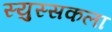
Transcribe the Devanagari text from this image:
स्युस्सकला